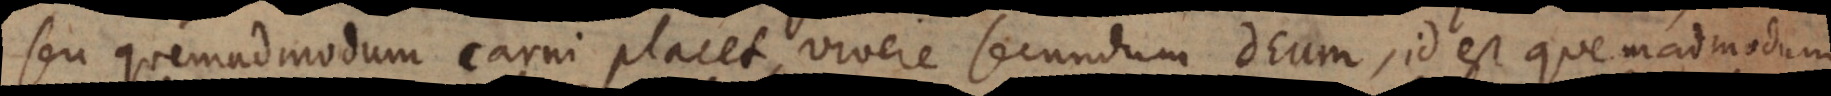
seu quemadmodum carni placet, vivere secundum Deum, id est quemadmodum